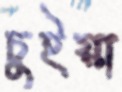
চুইয়া